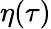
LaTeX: \eta(\tau)